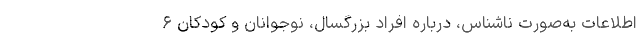
اطلاعات به‌صورت ناشناس، درباره افراد بزرگسال، نوجوانان و کودکان ۶